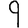
Digit: 9